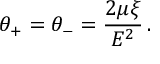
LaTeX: \: \theta _ { + } = \theta _ { - } = \frac { 2 \mu \xi } { E ^ { 2 } } \, . \: